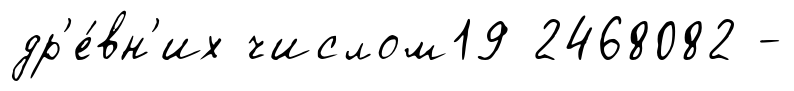
др'е́вн'их числом19 2468082 -